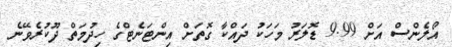
އޯލެންސް އަށް 9.99 ޑޮލަރު މަހަކު ދައްކާ ގޮތަށް އިންޓަނެޓްގެ ހިދުމަތް ދޫކުރެވޭނެ